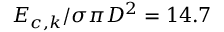
{ { E } _ { c , k } } / { \sigma \pi { { D } ^ { 2 } } } = 1 4 . 7